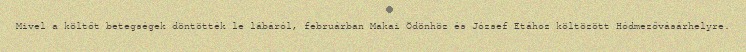
Mivel a költőt betegségek döntötték le lábáról, februárban Makai Ödönhöz és József Etához költözött Hódmezővásárhelyre.